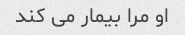
او مرا بیمار می کند